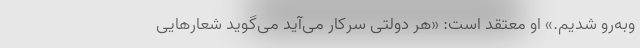
وبه‌رو شدیم.» او معتقد است: «هر دولتی سرکار می‌آید می‌گوید شعارهایی